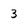
Character: 3